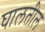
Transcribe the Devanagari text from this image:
घालतील